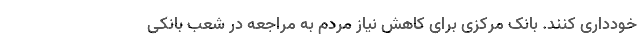
خودداری کنند. بانک مرکزی برای کاهش نیاز مردم به مراجعه در شعب بانکی